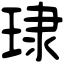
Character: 㻖